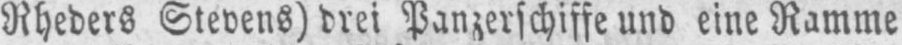
Rheders Stevens) drei Panzerschiffe und eine Ramme